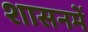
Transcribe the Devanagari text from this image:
शासनमें